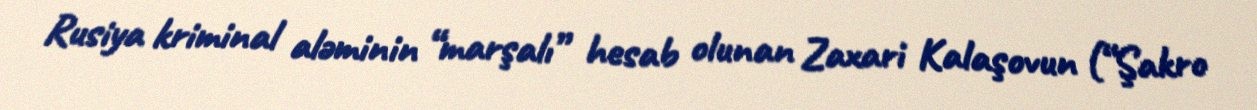
Rusiya kriminal aləminin “marşalı” hesab olunan Zaxari Kalaşovun (“Şakro